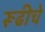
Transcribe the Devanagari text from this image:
रूढीचे